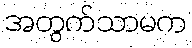
အတွက်သာမက